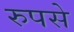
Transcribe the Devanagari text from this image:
रुपसे